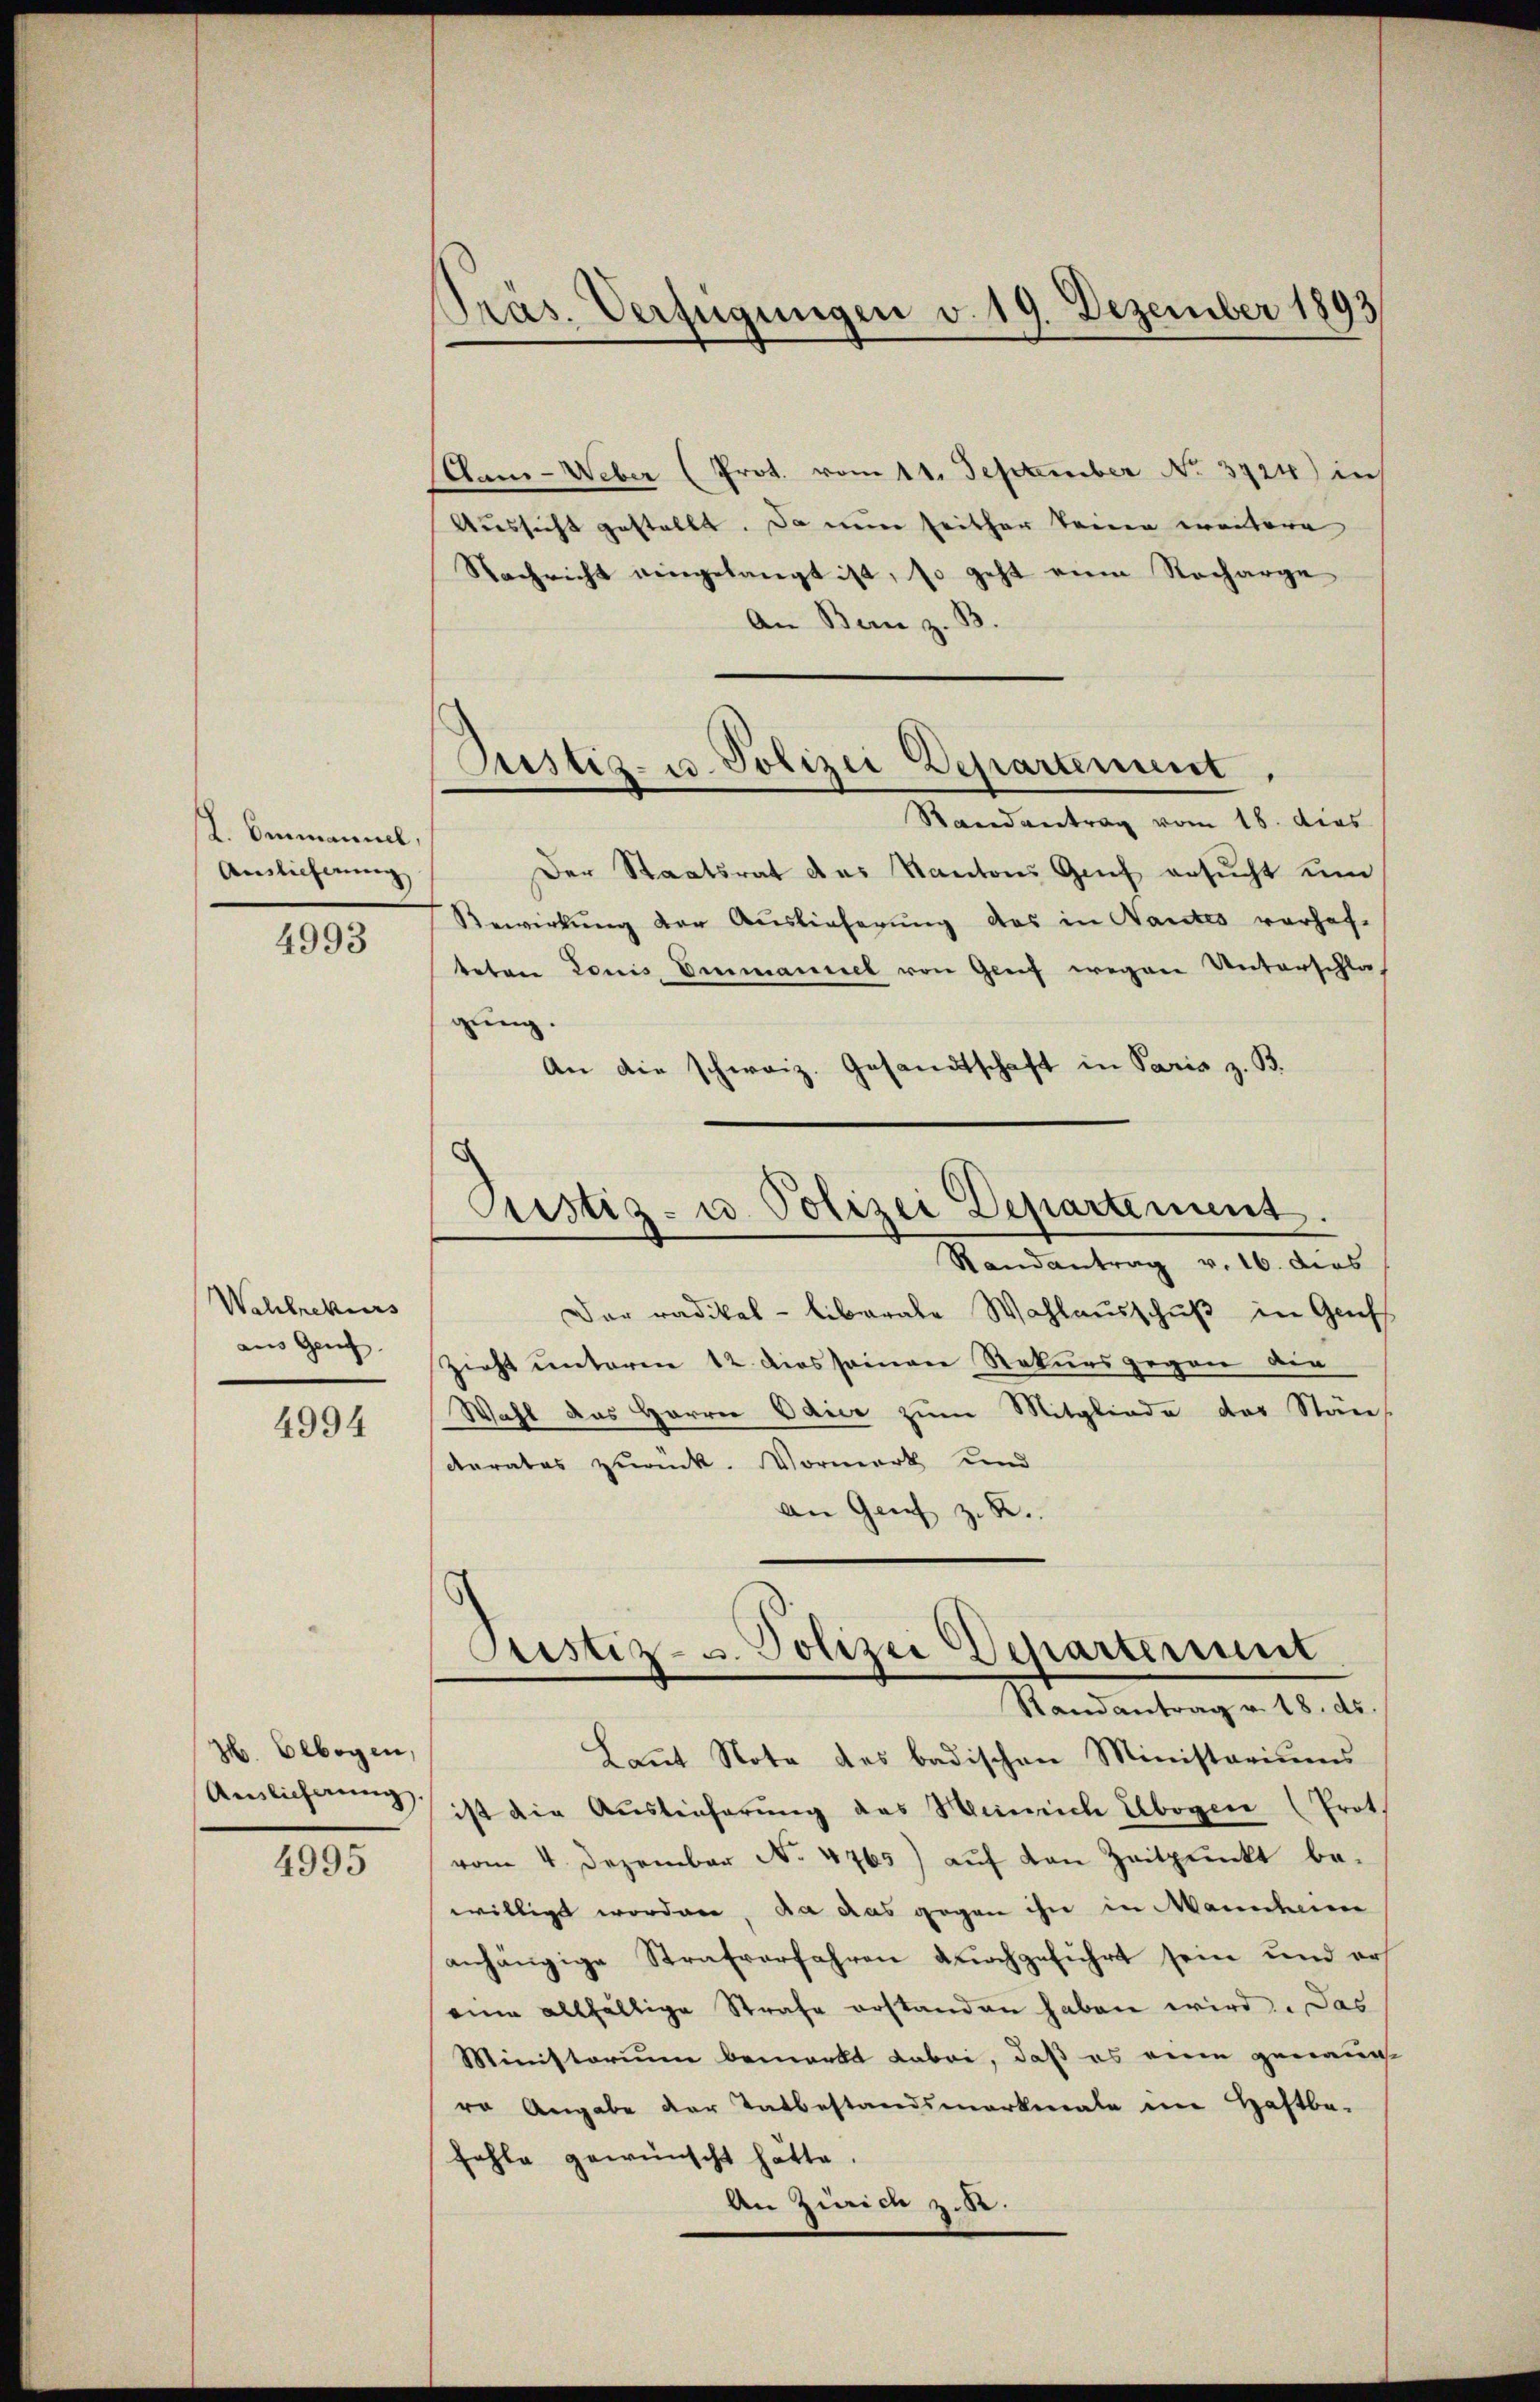
L. Ammannel,
Auslieferung
4993

Wahlrekurs
aus Genf

4994

H. Eebogen,
Auslieferung

4995

Präs. Verfügungen v. 19. Dezember 1893

Justiz- u. Polizei Departement
Randantrag vom 18. dies

Aan-Ueber (Prot. vom 11. September No. 3724) in
Aussicht gestellt. Da nun seither kenen weitere
Nachricht eingelangt ist, so geht eine Recharge
An Bern z. B.
Der Staatsrat des Kantons Genf ersucht um
Bewirkung der Auslieferung das in Nantes vorhof-
teten Louis Ermaniel von Greif wegen Unterschlagung.
An die schweiz. Gesandtschaft in Paris z. B.
Justiz- u. Polizei Departement.
Randantrag v. 16. dies
Der radikal - liberale Wahlausschuß in Gruf
Zieht unteren 12. dies seinen Rekursgegen die
Wahl das Herren Odier zum Mitgliede der Stäncerates zuank. Vormerk und
an Genf z. B.

Justiz- u. Polizei Departement
Randantrag v. 18. ds.

Laut Note des badischen Ministariums
ist die Ausleiherŭng des Weich Abogen (Prot.
vom 4. Dezember No. 4765) auf den Zeitpunkt be-
willigt worden, da das gegen ihn in Mannheimer
anhängige Strafverfahren durchgeführt sein und ers
eine allfällige Strafe erstanden haben wird. Das
Ministorium bemerkt dabei, daß es eine genannt
ro Angabe der Tatbestandsmarkmale eine Haftbe-
fehle gewünscht hätte.
An Zürich z. B.